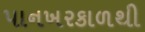
પાનખરકાળથી